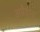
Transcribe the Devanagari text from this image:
अब्रैहम्स